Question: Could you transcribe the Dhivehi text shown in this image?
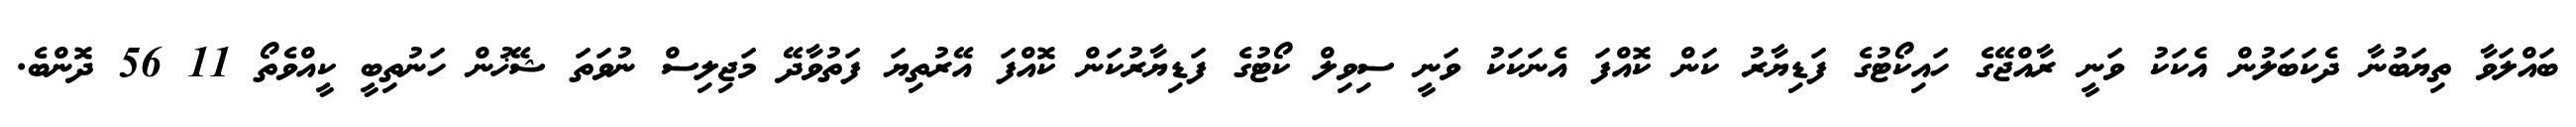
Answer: ބައްލަވާ ތިޔަބުނާ ދެކަބަލުން އެކަކު ވަނީ ރާއްޖޭގެ ހައިކޯޓުގެ ފަޑިޔާރު ކަން ކޮއްފަ އެނަކަކު ވަނީ ސިވިލް ކޯޓުގެ ފަޑިޔާރުކަން ކޮއްފަ އޭރުތިޔަ ފަތުވާދޭ މަޖިލިސް ނުވަތަ ޝޭޚުން ހަނުތިބީ ކީއްވެތޯ 11 56 ދޮންބެ.